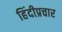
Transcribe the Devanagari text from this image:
हिंदीप्रचार